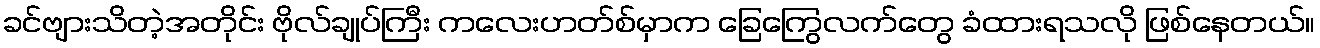
ခင်ဗျားသိတဲ့အတိုင်း ဗိုလ်ချုပ်ကြီး ကလေးဟတ်စ်မှာက ခြေကြွေလက်တွေ ခံထားရသလို ဖြစ်နေတယ်။